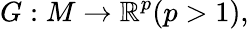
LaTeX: G:M\to\mathbb{R}^{p}(p>1),